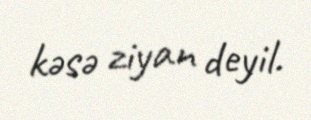
kəsə ziyan deyil.